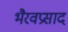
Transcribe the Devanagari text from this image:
भैरवप्रसाद